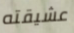
عشيقته